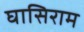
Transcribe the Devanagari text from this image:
घासिराम